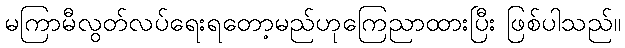
မကြာမီလွတ်လပ်ရေးရတော့မည်ဟုကြေညာထားပြီး ဖြစ်ပါသည်။